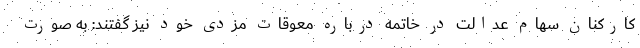
کارکنان سهام عدالت در خاتمه درباره معوقات مزدی خود نیز گفتند: به صورت